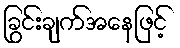
ခြွင်းချက်အနေဖြင့်